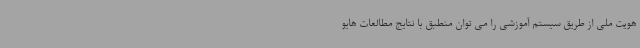
هویت ملی از طریق سیستم آموزشی را می توان منطبق با نتایج مطالعات هایو